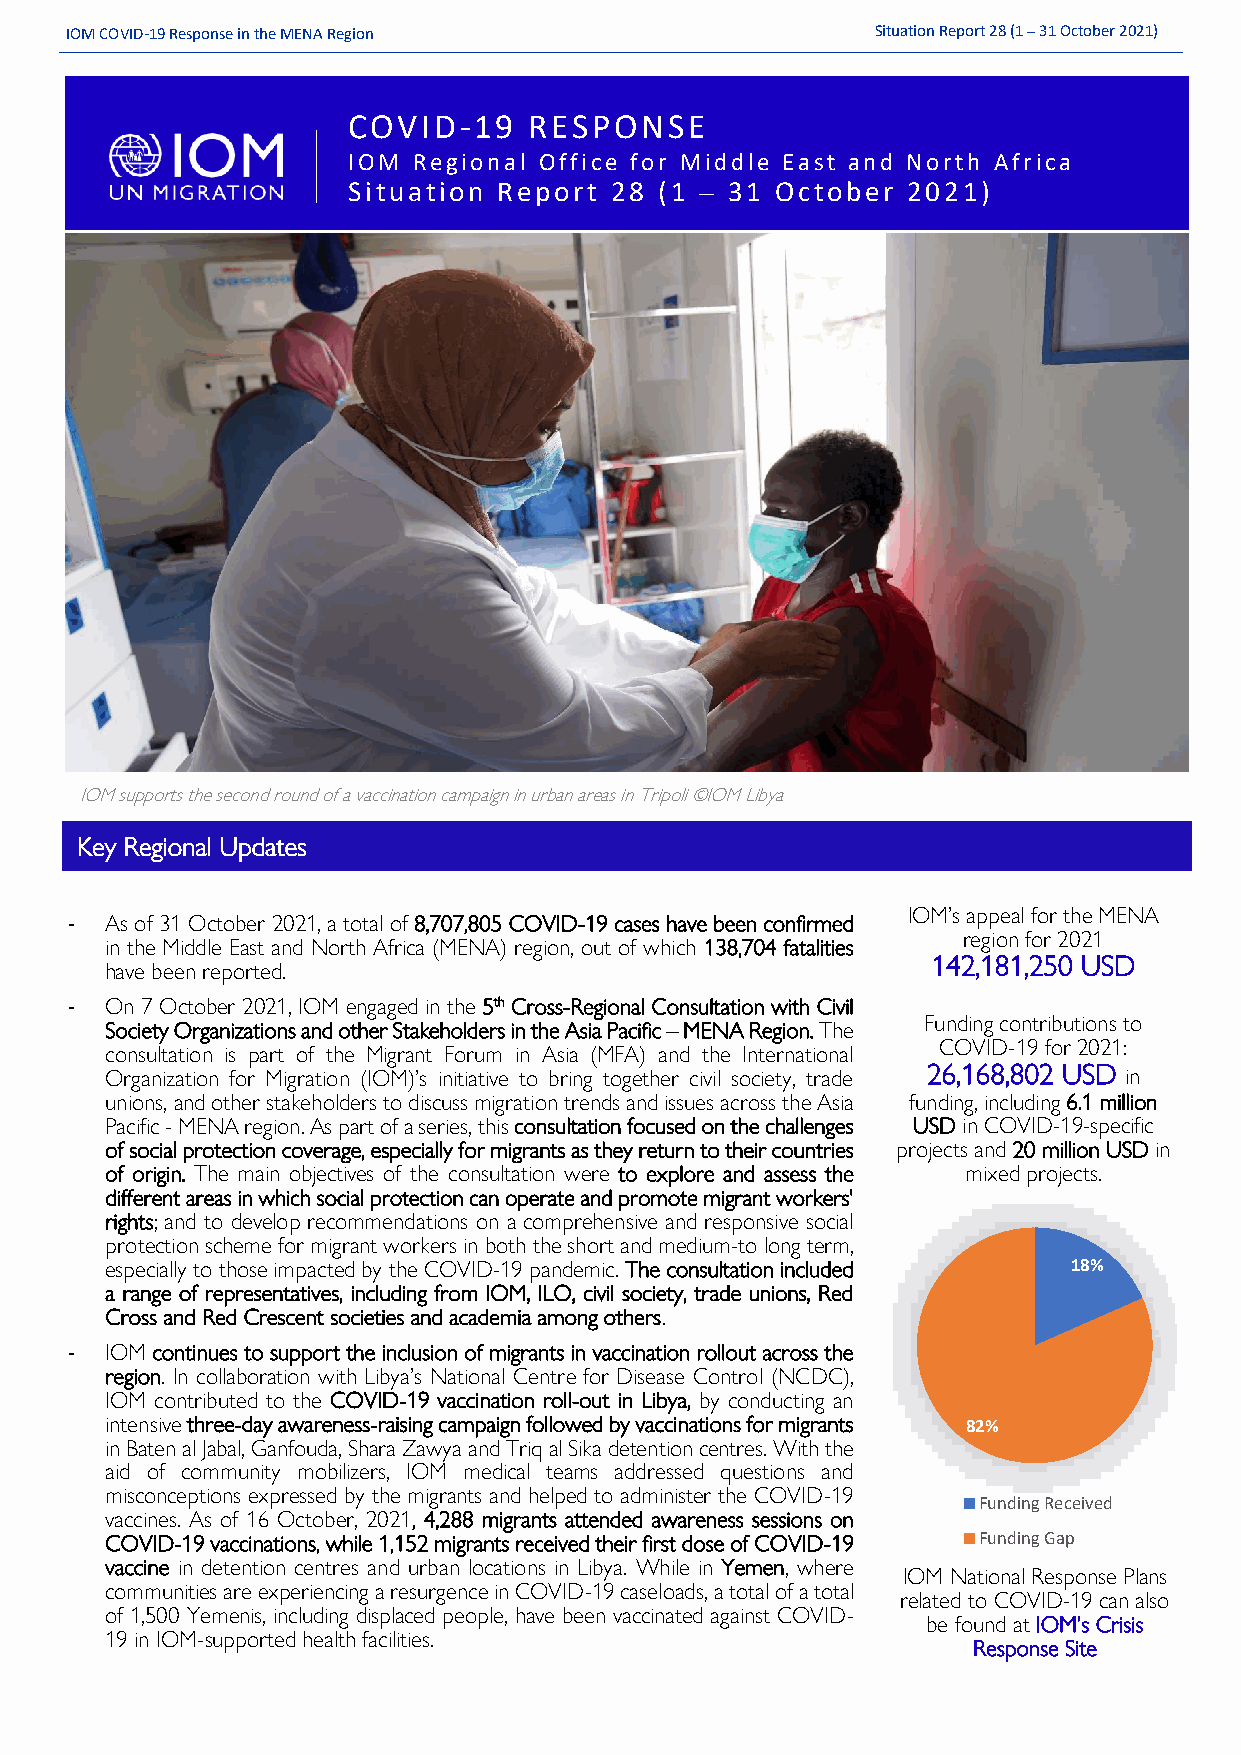
IOM COVID-19 Response in the MENA Region              Situation Report 28 (1 – 31 October 2021)
 COVID-19    RESPONSE
 IOM Regional Office for Middle East and North Africa
 Situation Report 28  (1 – 31 October 2021)
 0
 IOM supports the second round of a vaccination campaign in urban areas in Tripoli ©IOM Libya
 Key Regional Updates
 IOM’s appeal for the MENA
 -  As of 31 October 2021, a total of 8,707,805 COVID-19 cases have been confirmed
 region for 2021
 in the Middle East and North Africa (MENA) region, out of which 138,704 fatalities
 142,181,250 USD
 have been reported.
 -  On 7 October 2021, IOM engaged in the 5th Cross-Regional Consultation with Civil
 Funding contributions to
 Society Organizations and other Stakeholders in the Asia Pacific – MENA Region. The
 COVID-19 for 2021:
 consultation is part of the Migrant Forum in Asia (MFA) and the International
 Organization for Migration (IOM)’s initiative to bring together civil society, trade 26,168,802 USD in
 unions, and other stakeholders to discuss migration trends and issues across the Asia funding, including 6.1 million
 Pacific - MENA region. As part of a series, this consultation focused on the challenges USD in COVID-19-specific
 of social protection coverage, especially for migrants as they return to their countries projects and 20 million USD in
 of origin. The main objectives of the consultation were to explore and assess the mixed projects.
 different areas in which social protection can operate and promote migrant workers'
 rights; and to develop recommendations on a comprehensive and responsive social
 protection scheme for migrant workers in both the short and medium-to long term,
 especially to those impacted by the COVID-19 pandemic. The consultation included 18%
 a range of representatives, including from IOM, ILO, civil society, trade unions, Red
 Cross and Red Crescent societies and academia among others.
 -  IOM continues to support the inclusion of migrants in vaccination rollout across the
 region. In collaboration with Libya’s National Centre for Disease Control (NCDC),
 IOM contributed to the COVID-19 vaccination roll-out in Libya, by conducting an
 intensive three-day awareness-raising campaign followed by vaccinations for migrants 82%
 in Baten al Jabal, Ganfouda, Shara Zawya and Triq al Sika detention centres. With the
 aid of community mobilizers, IOM medical teams addressed questions and
 misconceptions expressed by the migrants and helped to administer the COVID-19
 Funding Received
 vaccines. As of 16 October, 2021, 4,288 migrants attended awareness sessions on
 COVID-19 vaccinations, while 1,152 migrants received their first dose of COVID-19 Funding Gap
 vaccine in detention centres and urban locations in Libya. While in Yemen, where
 IOM National Response Plans
 communities are experiencing a resurgence in COVID-19 caseloads, a total of a total
 related to COVID-19 can also
 of 1,500 Yemenis, including displaced people, have been vaccinated against COVID-
 be found at IOM’s Crisis
 19 in IOM-supported health facilities.
 Response Site